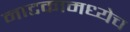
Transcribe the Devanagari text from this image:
नाटकामध्येच